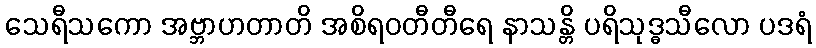
သေရီသကော အဗ္ဘာဟတာတိ အစိရဝတီတီရေ နာသန္တိ ပရိသုဒ္ဓသီလော ပဒရံ